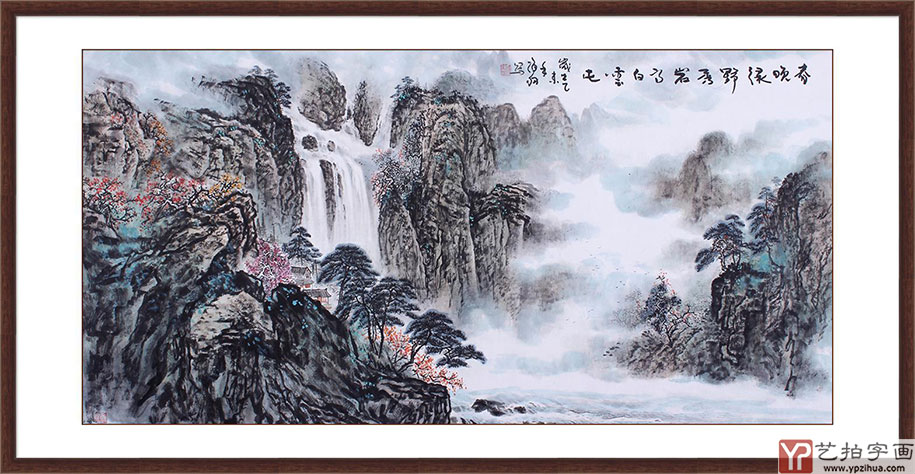
春晚绿野秀，岩高白云屯。